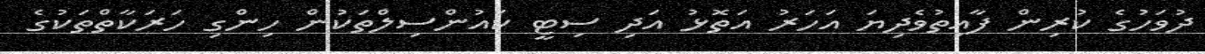
ދުވަހުގެ ކުރިން ފާއިތުވެދިޔަ އަހަރު އަތޮޅު އަދި ސިޓީ ކައުންސިލްތަކުން ހިންގި ހަރަކާތްތަކުގެ